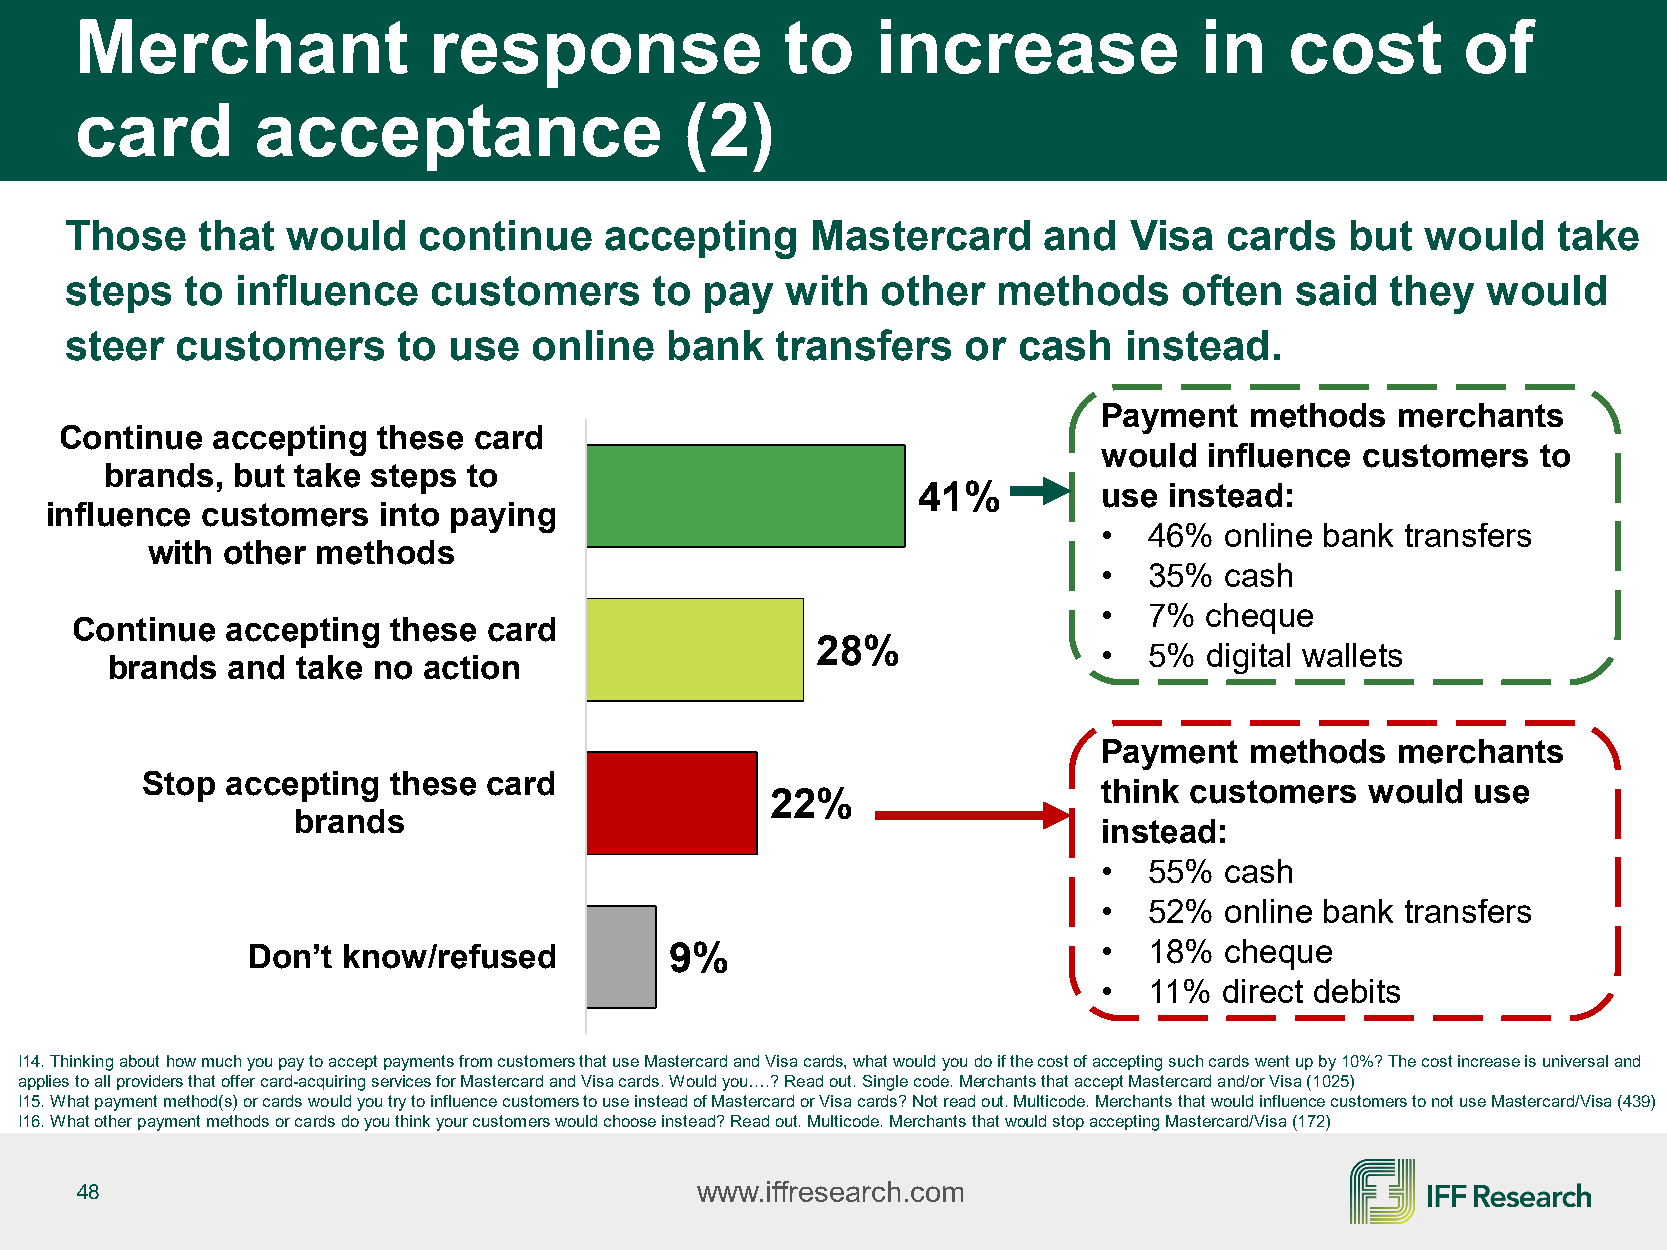
Merchant               response                to    increase             in    cost        of
 card        acceptance                  (2)
 Those    that  would    continue    accepting     Mastercard     and   Visa  cards   but  would    take
 steps   to  influence   customers      to  pay  with  other   methods     often   said  they  would
 steer   customers     to  use  online   bank   transfers    or cash   instead.
 Payment   methods   merchants
 Continue  accepting  these card
 would  influence customers   to
 brands, but  take steps to
 41%         use instead:
 influence customers   into paying
 •  46%  online bank transfers
 with other methods
 •  35%  cash
 •  7%  cheque
 Continue  accepting  these card
 28%                •  5%  digital wallets
 brands  and  take no action
 Payment   methods   merchants
 Stop  accepting  these card
 think customers   would  use
 22%
 brands
 instead:
 •  55%  cash
 •  52%  online bank transfers
 Don’t  know/refused         9%                           •  18%  cheque
 •  11%  direct debits
 I14. Thinking about how much you pay to accept payments from customers that use Mastercard and Visa cards, what would you do if the cost of accepting such cards went up by 10%? The cost increase is universal and
 applies to all providers that offer card-acquiring services for Mastercard and Visa cards. Would you….? Read out. Single code. Merchants that accept Mastercard and/or Visa (1025)
 I15. What payment method(s) or cards would you try to influence customers to use instead of Mastercard or Visa cards? Not read out. Multicode. Merchants that would influence customers to not use Mastercard/Visa (439)
 I16. What other payment methods or cards do you think your customers would choose instead? Read out. Multicode. Merchants that would stop accepting Mastercard/Visa (172)
 48                                       www.iffresearch.com